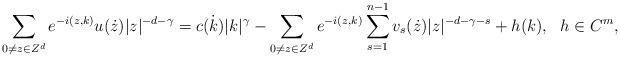
LaTeX: \begin{align*}\sum_{0\neq z\in Z^d} e^{-i(z,k)}u(\dot{z})|z|^{-d-\gamma}=c(\dot{k})|k|^{\gamma}-\sum_{0\neq z\in Z^d} e^{-i(z,k)}\sum_{s=1}^{n-1}v_s(\dot{z})|z|^{-d-\gamma-s}+h(k), ~~h\in C^m,\end{align*}